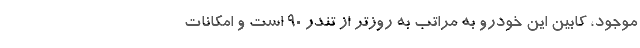
موجود، کابین این خودرو به مراتب به روزتر از تندر ۹۰ است و امکانات